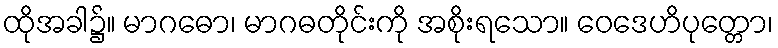
ထိုအခါ၌။ မာဂဓော၊ မာဂဓတိုင်းကို အစိုးရသော။ ဝေဒေဟိပုတ္တော၊